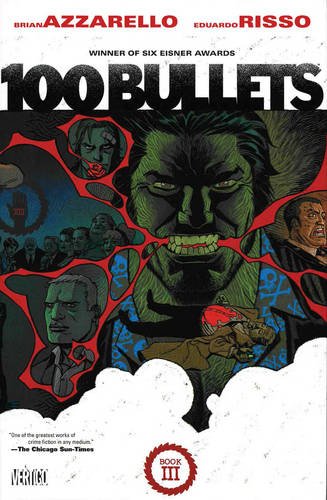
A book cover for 100 Bullets Book Three; Brian Azzarello; Comics & Graphic Novels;